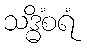
သဒ္ဓိံစရံ